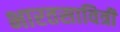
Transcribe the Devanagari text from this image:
भारतसावित्री